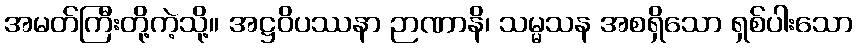
အမတ်ကြီးတို့ကဲ့သို့။ အဋ္ဌဝိပဿနာ ဉာဏာနိ၊ သမ္မသန အစရှိသော ရှစ်ပါးသော